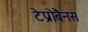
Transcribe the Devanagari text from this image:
टेप्रोबैनस